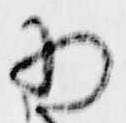
為